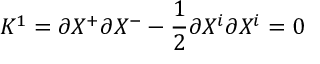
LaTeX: K ^ { 1 } = \partial X ^ { + } \partial X ^ { - } - \frac { 1 } { 2 } \partial X ^ { i } \partial X ^ { i } = 0